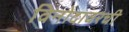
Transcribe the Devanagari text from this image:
विनोदावरची